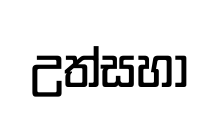
උත්සහා